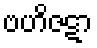
ဗဟိဇဋာ